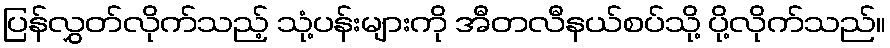
ပြန်လွှတ်လိုက်သည့် သုံ့ပန်းများကို အီတလီနယ်စပ်သို့ ပို့လိုက်သည်။